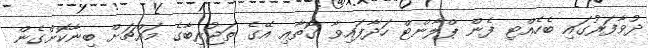
ދުވާފަރުގައި ބެހެއްޓި ފެން ޕްލާންޓް ހަދާފައިވާ ގޮތާއި އޭގެ ތަޖުރިބާގެ މައްޗަށް ބިނާކޮށްގެން